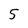
Character: 5